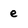
Character: e